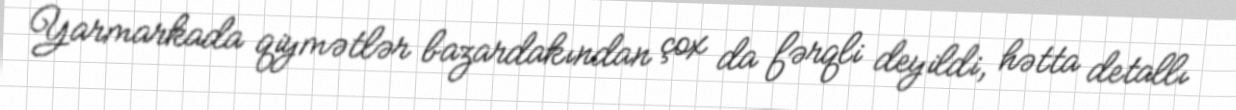
Yarmarkada qiymətlər bazardakından çox da fərqli deyildi, hətta detallı